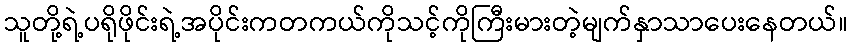
သူတို့ရဲ့ပရိုဖိုင်းရဲ့အပိုင်းကတကယ်ကိုသင့်ကိုကြီးမားတဲ့မျက်နှာသာပေးနေတယ်။